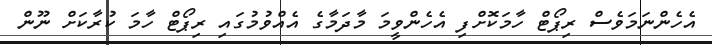
އެހެންނަމަވެސް ރިޕޯޓް ހާމަކޮށްފި އެހެންވީމަ މާދަމާގެ އެއްވުމުގައި ރިޕޯޓް ހާމަ ކުރާކަށް ނޫން